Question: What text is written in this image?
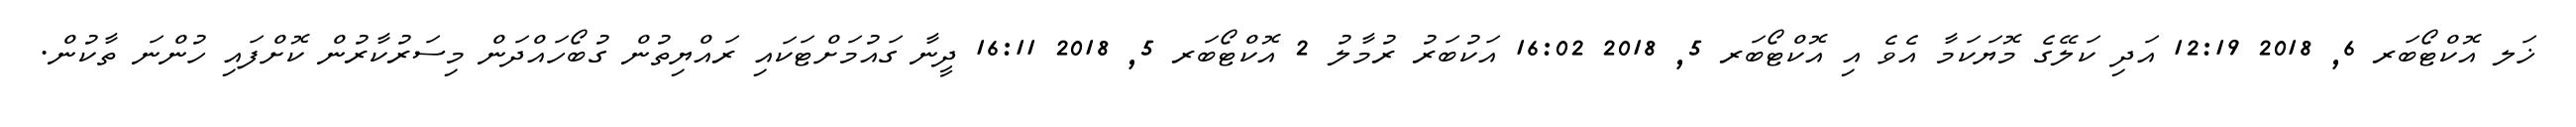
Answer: ޚަލ އޮކްޓޯބަރ 6, 2018 12:19 އަދި ކަލޭގެ މޮޔަކަމާ އެވެ އި އޮކްޓޯބަރ 5, 2018 16:02 އަކުބަރު ރުމާލު 2 އޮކްޓޯބަރ 5, 2018 16:11 ދީނާ ގައުމަށްޓަކައި ރައްޔިތުން ގުބޯހައްދަން މިސަރުކާރުން ކޮށްފައި ހުންނަ ތާކުން.